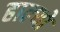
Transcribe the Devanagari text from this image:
हाल्‍यो